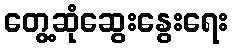
တွေ့ဆုံဆွေးနွေးရေး